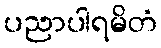
ပညာပါရမိတံ